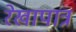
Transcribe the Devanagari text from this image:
रेखापात्र